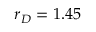
r _ { D } = 1 . 4 5